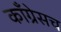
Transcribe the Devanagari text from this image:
काँग्रेसच